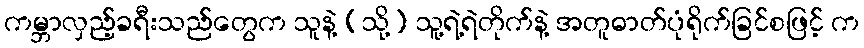
ကမ္ဘာလှည့်ခရီးသည်တွေက သူနဲ့ (သို့) သူ့ရဲ့ရဲတိုက်နဲ့ အတူဓာတ်ပုံရိုက်ခြင်စဖြင့် က